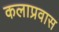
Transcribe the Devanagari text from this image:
कलाप्रवास